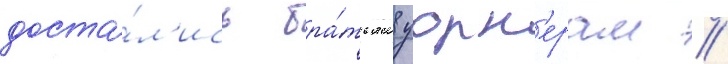
доста́л'ись бра́тьям уорн'ерам //